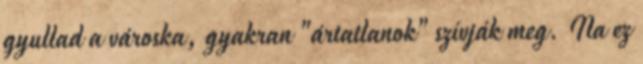
gyullad a városka, gyakran "ártatlanok" szívják meg. Na ez